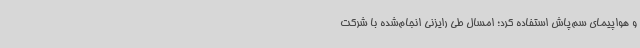
و هواپیمای سم‌پاش استفاده کرد؛ امسال طی رایزنی انجام‌شده با شرکت